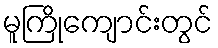
မူကြိုကျောင်းတွင်